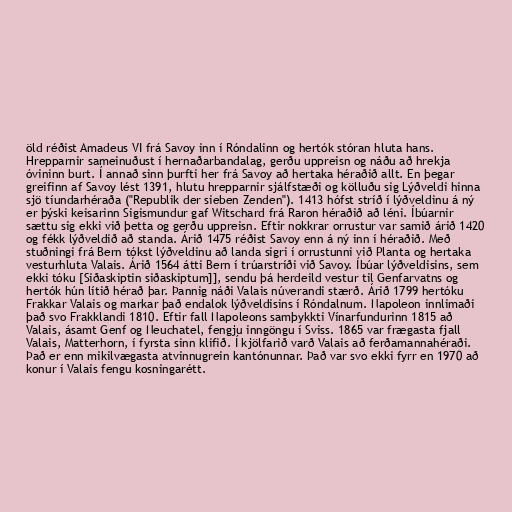
öld réðist Amadeus VI frá Savoy inn í Róndalinn og hertók stóran hluta hans.
Hrepparnir sameinuðust í hernaðarbandalag, gerðu uppreisn og náðu að hrekja
óvininn burt. Í annað sinn þurfti her frá Savoy að hertaka héraðið allt. En þegar
greifinn af Savoy lést 1391, hlutu hrepparnir sjálfstæði og kölluðu sig Lýðveldi hinna
sjö tíundarhéraða ("Republik der sieben Zenden"). 1413 hófst stríð í lýðveldinu á ný
er þýski keisarinn Sigismundur gaf Witschard frá Raron héraðið að léni. Íbúarnir
sættu sig ekki við þetta og gerðu uppreisn. Eftir nokkrar orrustur var samið árið 1420
og fékk lýðveldið að standa. Árið 1475 réðist Savoy enn á ný inn í héraðið. Með
stuðningi frá Bern tókst lýðveldinu að landa sigri í orrustunni við Planta og hertaka
vesturhluta Valais. Árið 1564 átti Bern í trúarstríði við Savoy. Íbúar lýðveldisins, sem
ekki tóku [Siðaskiptin siðaskiptum]], sendu þá herdeild vestur til Genfarvatns og
hertók hún lítið hérað þar. Þannig náði Valais núverandi stærð. Árið 1799 hertóku
Frakkar Valais og markar það endalok lýðveldisins í Róndalnum. Napoleon innlimaði
það svo Frakklandi 1810. Eftir fall Napoleons samþykkti Vínarfundurinn 1815 að
Valais, ásamt Genf og Neuchatel, fengju inngöngu í Sviss. 1865 var frægasta fjall
Valais, Matterhorn, í fyrsta sinn klifið. Í kjölfarið varð Valais að ferðamannahéraði.
Það er enn mikilvægasta atvinnugrein kantónunnar. Það var svo ekki fyrr en 1970 að
konur í Valais fengu kosningarétt.